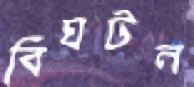
বিঘটন